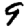
Digit: 9